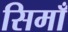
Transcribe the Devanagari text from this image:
सिमाँ